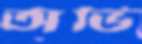
অভি